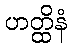
ဟတ္ထိနံ